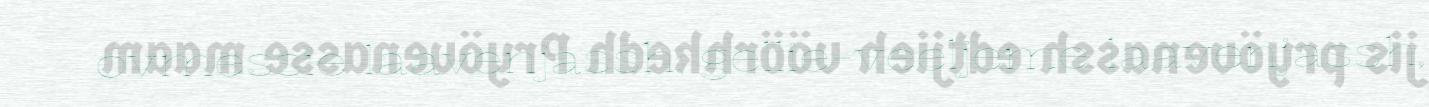
ovmessie laavenjassh: gellie-veeljeme laavenjassh,